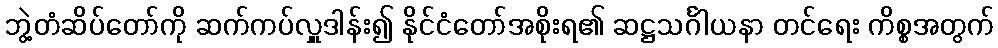
ဘွဲ့တံဆိပ်တော်ကို ဆက်ကပ်လှူဒါန်း၍ နိုင်ငံတော်အစိုးရ၏ ဆဋ္ဌသင်္ဂါယနာ တင်ရေး ကိစ္စအတွက်